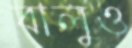
বালুও